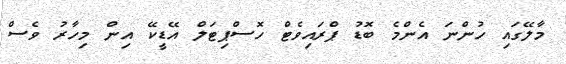
މާލޭގައި ހުންނަ އެންމެ ބޮޑު ޕްރައިވެޓް ހޮސްޕިޓަލް އޭޑީކޭ އިން މިހާރު ވެސް